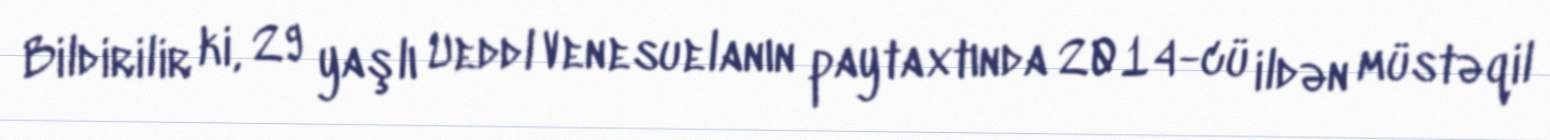
Bildirilir ki, 29 yaşlı Ueddl Venesuelanın paytaxtında 2014-cü ildən müstəqil